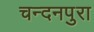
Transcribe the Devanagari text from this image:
चन्दनपुरा